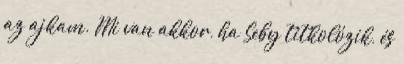
az ajkam. Mi van akkor, ha Seby titkolózik, és